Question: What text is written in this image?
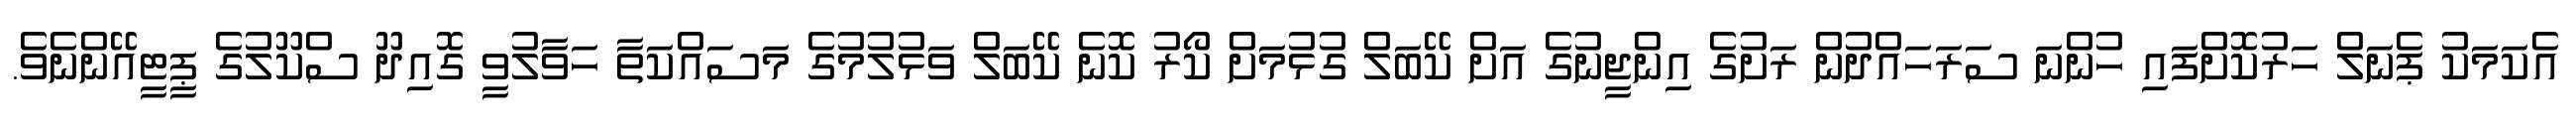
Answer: އެކަމަކު ޕެނަލް ހަރުކޮށްފައި ހުންނަ ސަރަހައްދުން ރަށުގެ އިންޖީނުގެ އަށް ކޭބަލް ގުޅުމަށް ކޯރު ކޮނެ ކޭބަލް ވަޅުލުމުގެ މަސައްކަތާ ހަވާލުވީ ގޮއިދޫ ސްކޫލުގެ ޕީޓީއޭންނެވެ.